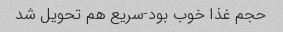
حجم غذا خوب بود-سریع هم تحویل شد